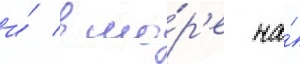
и́ в мо́р'е на́